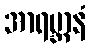
အာရမ္ဘာနံ